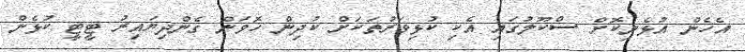
އެހެން އުޅެނިކޮށް ސްކޫލުގައި އެކި ކުޅިވަރުތަކަށް ކުދިން ހޮވަން ގެންދިޔައިރު ޓީޓީ ކުޅެން